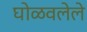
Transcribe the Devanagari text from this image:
घोळवलेले